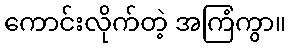
ကောင်းလိုက်တဲ့ အကြံကွာ။